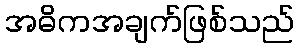
အဓိကအချက်ဖြစ်သည်